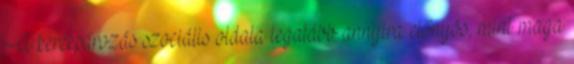
A kerékpározás szociális oldala legalább annyira előnyös, mint maga